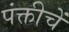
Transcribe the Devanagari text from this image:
पंक्तीचें